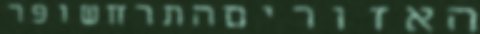
האזוריםהתרחשופר